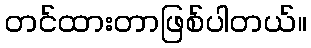
တင်ထားတာဖြစ်ပါတယ်။